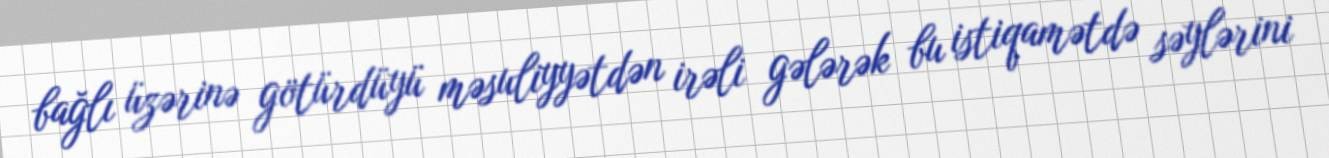
bağlı üzərinə götürdüyü məsuliyyətdən irəli gələrək bu istiqamətdə səylərini